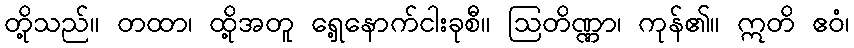
တို့သည်။ တထာ၊ ထို့အတူ ရှေ့နောက်ငါးခုစီ။ ဩတိဏ္ဏာ၊ ကုန်၏။ ဣတိ ဧဝံ၊